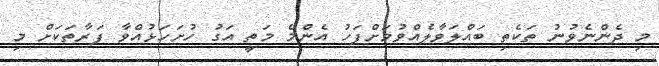
މި ދެންނެވުނު ތަކެތި ބައްލަވާލެއްވުމަށްފަހު އެންމެ މަތީ އަގު ހުށަހަޅުއްވާ ފަރާތަކަށް މި